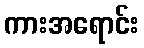
ကားအရောင်း